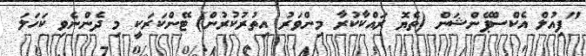
"ފިއުލް އެކްސްޕޭންޝަން (ތެޔޮ ރައްކާކުރާ މިންވަރު އިތުރުކުރުން) ޓޭންކަރަކީ މި ދެންނެވި ކަހަލަ